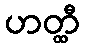
ဟတ္ထီ